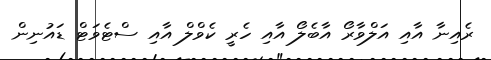
ރެއިނާ އާއި އަލްވާރޯ އާބެލޯ އާއި ހެރީ ކެވްލް އާއި ސްޓެވަޓް ޑައުނިން